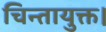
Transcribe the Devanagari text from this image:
चिन्तायुक्त।